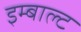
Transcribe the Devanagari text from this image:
इम्बाल्ट